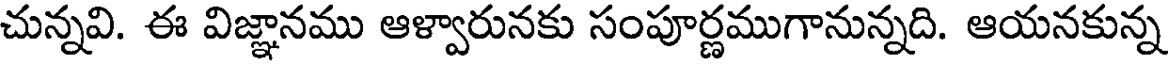
చున్నవి. ఈ విజ్ఞానము ఆళ్వారునకు సంపూర్ణముగానున్నది. ఆయనకున్న